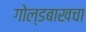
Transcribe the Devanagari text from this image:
गोल्डबाखचा